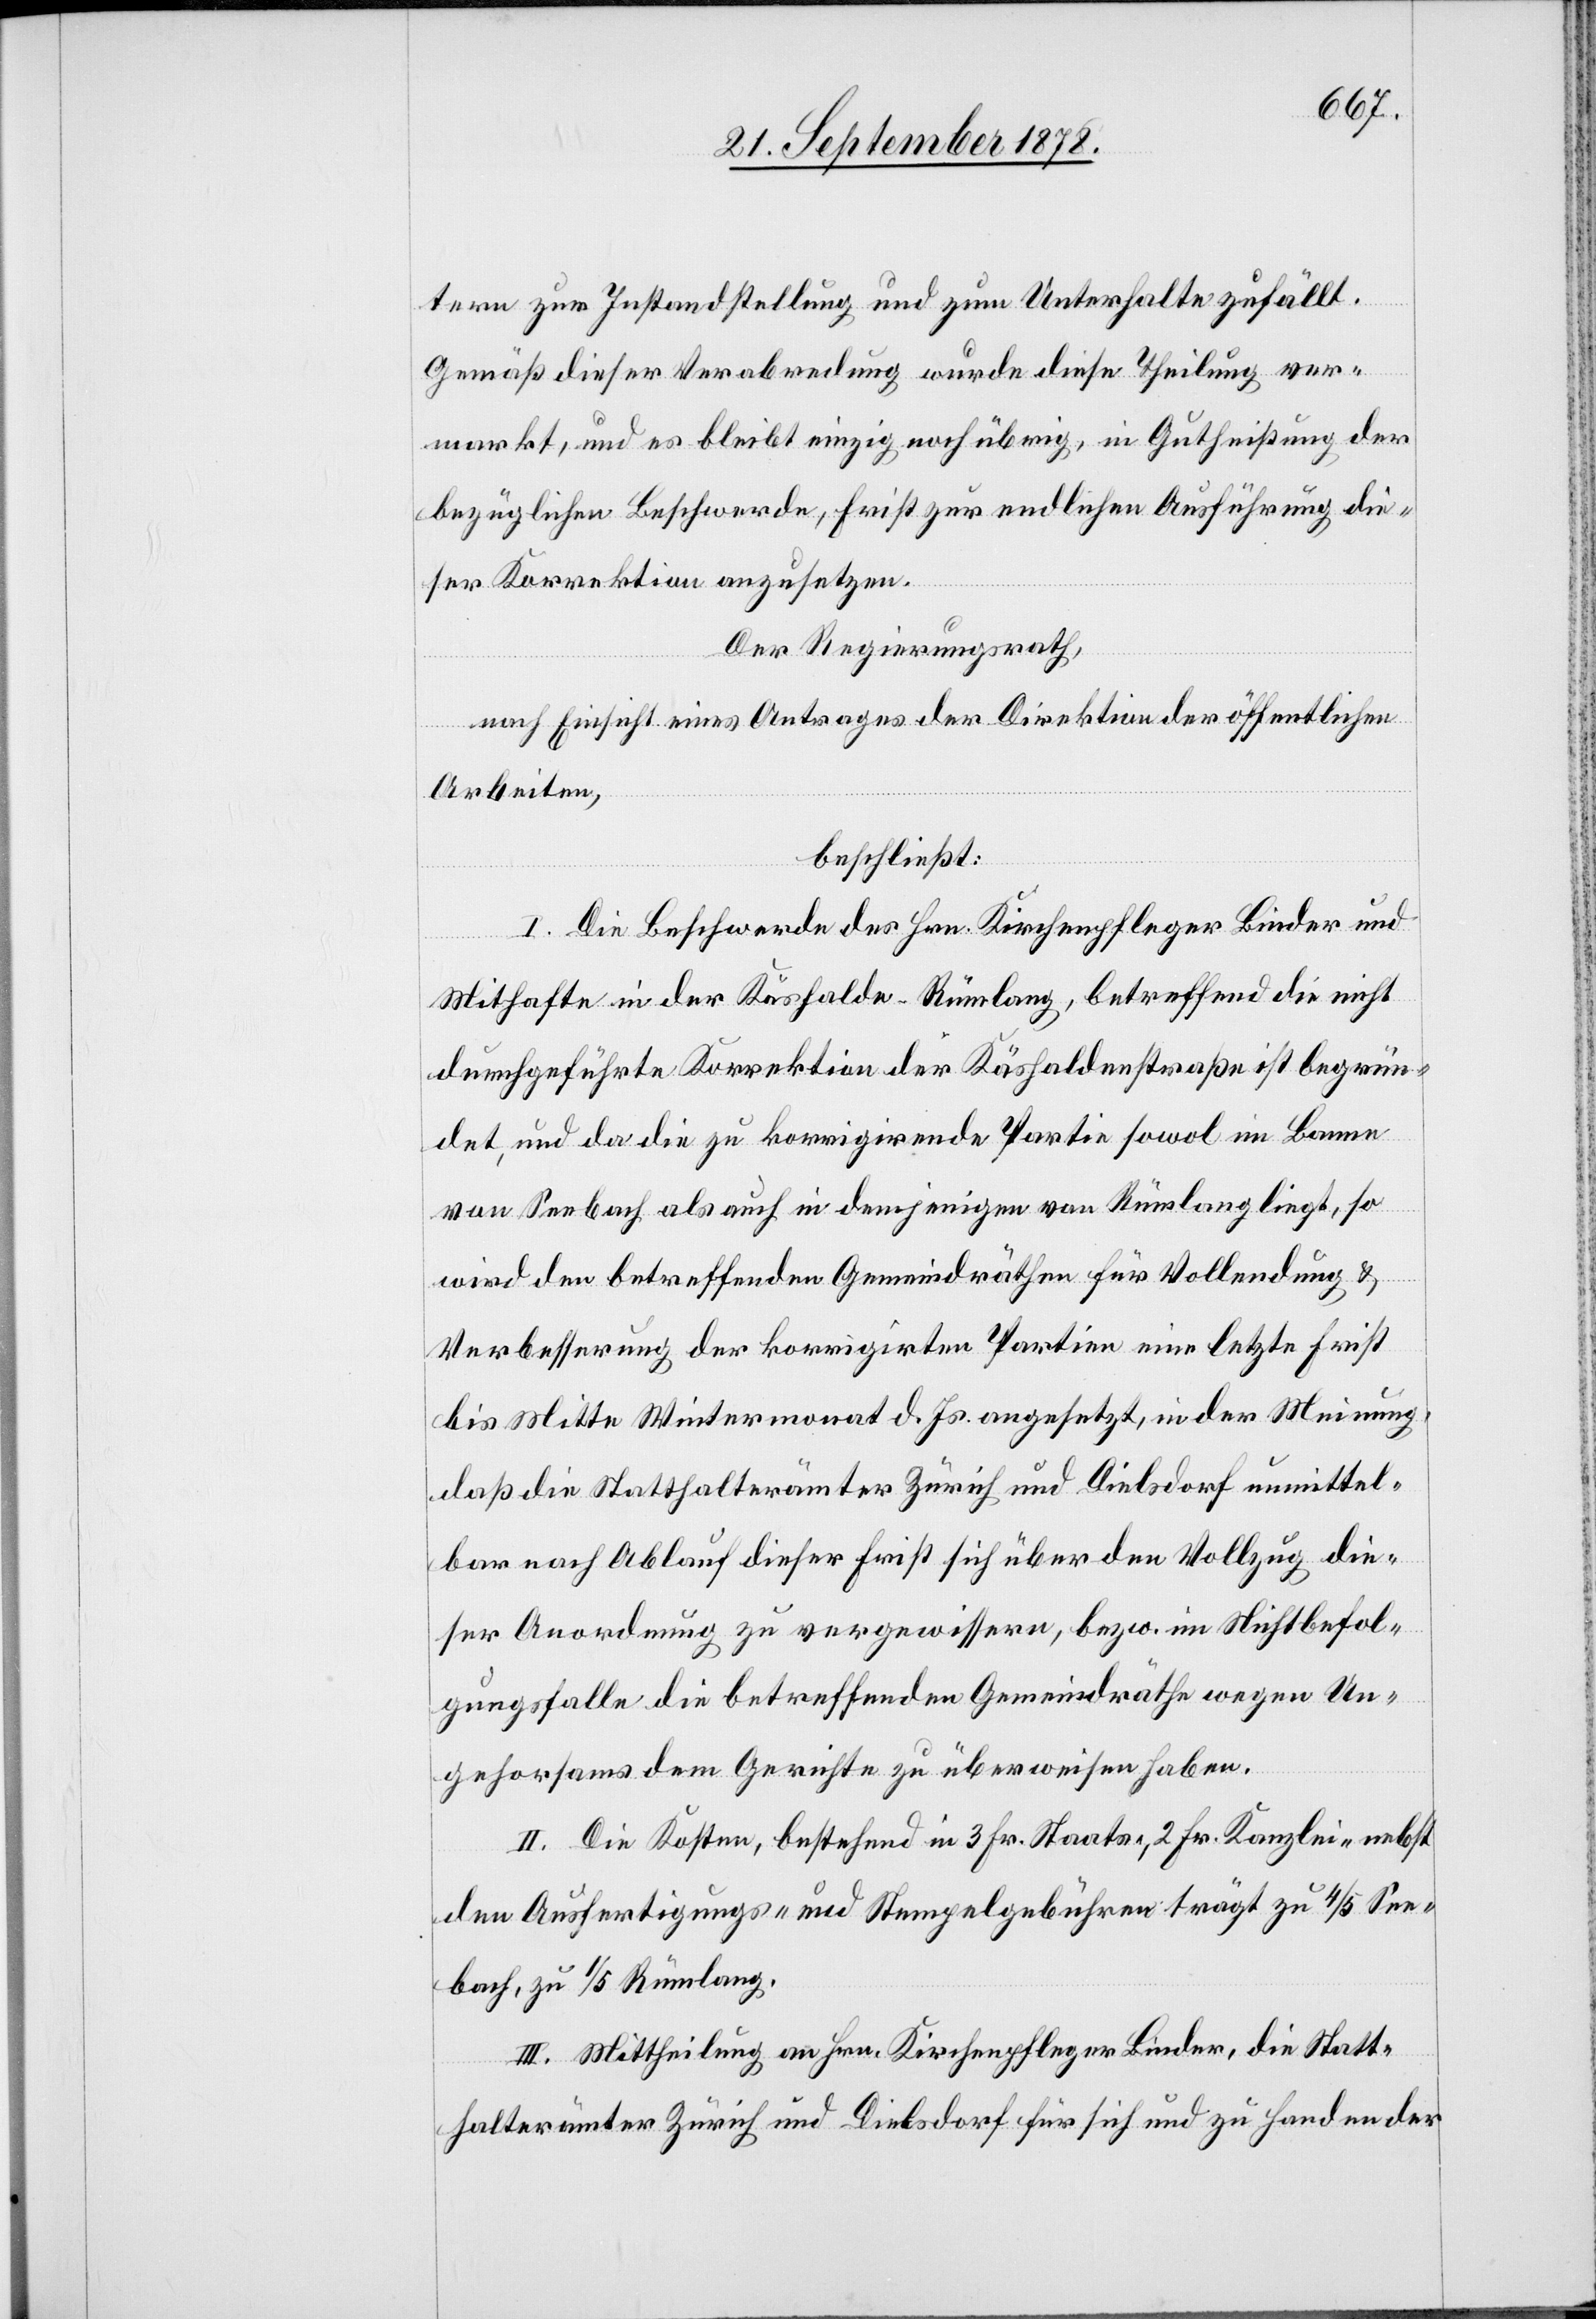
tern zur Instandstellung und zum Unterhalte zufällt.
Gemäß dieser Verabredung wurde diese Theilung ver¬
markt, und es bleibt einzig noch übrig, in Gutheißung der
bezüglichen Beschwerde, Frist zur endlichen Ausführung die¬
ser Korrektion anzusetzen.
Der Regierungsrath,
nach Einsicht eines Antrages der Direktion der öffentlichen
Arbeiten,
beschließt:
I. Die Beschwerde des Hrn. Kirchenpfleger Binder und
Mithafte in der Käshalde - Rümlang, betreffend die nicht
durchgeführte Korrektion der Käshaldenstraße ist begrün¬
det und da die zu korrigirende Partie sowol im Banne
von Seebach als auch in demjenigen von Rümlang liegt, so
wird den betreffenden Gemeindräthen für Vollendung &
Verbesserung der korrigirten Partien eine letzte Frist
bis Mitte Wintermonat d. Js. angesetzt, in der Meinung,
daß die Statthalterämter Zürich und Dielsdorf unmittel¬
bar nach Ablauf dieser Frist sich über den Vollzug die¬
ser Anordnung zu vergewissern, bezw. im Nichtbefol¬
gungsfalle die betreffenden Gemeindräthe wegen Un¬
gehorsams dem Gerichte zu überweisen haben.
II. Die Kosten, bestehend in 3 Fr. Staats-, 2 Fr. Kanzlei- nebst
den Ausfertigungs- und Stempelgebühren trägt zu 4/5 See¬
bach, zu 1/5 Rümlang.
III. Mittheilung an Hrn. Kirchenpfleger Binder, die Statt¬
halterämter Zürich und Dielsdorf für sich und zu Handen der